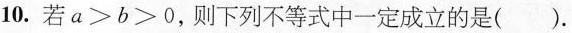
10.若$$a > b > 0$$，则下列不等式中一定成立的是（）.